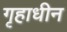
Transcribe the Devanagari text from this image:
गृहाधीन